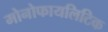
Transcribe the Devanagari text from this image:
मोनोफायलिटिक